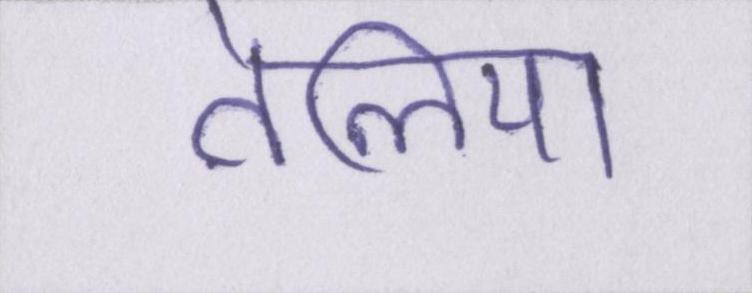
तेलिया